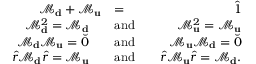
\begin{array} { r l r } { \mathcal { M } _ { \bf d } + \mathcal { M } _ { \bf u } } & { = } & { \hat { 1 } } \\ { \mathcal { M } _ { \bf d } ^ { 2 } = \mathcal { M } _ { \bf d } \quad } & { \mathrm { a n d } } & { \quad \mathcal { M } _ { \bf u } ^ { 2 } = \mathcal { M } _ { \bf u } } \\ { \mathcal { M } _ { \bf d } \mathcal { M } _ { \bf u } = \breve { 0 } \quad } & { \mathrm { a n d } } & { \quad \mathcal { M } _ { \bf u } \mathcal { M } _ { \bf d } = \breve { 0 } } \\ { \hat { r } \mathcal { M } _ { \bf d } \hat { r } = \mathcal { M } _ { \bf u } \quad } & { \mathrm { a n d } } & { \quad \hat { r } \mathcal { M } _ { \bf u } \hat { r } = \mathcal { M } _ { \bf d } . } \end{array}